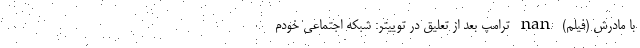
با مادرش (فیلم) nan ترامپ بعد از تعلیق در توییتر: شبکه اجتماعی خودم